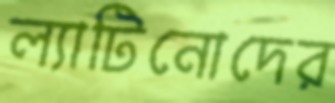
ল্যাটিনোদের